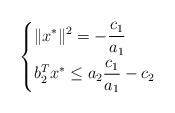
\begin{align*}\left\{\begin{aligned} &\|x^*\|^2=-\frac{c_{1}}{a_{1}}\\& b_2^Tx^*\le a_{2}\frac{c_{1}}{a_{1}} -c_{2}\end{aligned}\right.\end{align*}